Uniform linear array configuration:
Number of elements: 32
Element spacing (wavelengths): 0.25
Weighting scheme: hann
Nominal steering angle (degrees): -15
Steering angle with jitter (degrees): -14.278
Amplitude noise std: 0.05
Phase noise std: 0.05

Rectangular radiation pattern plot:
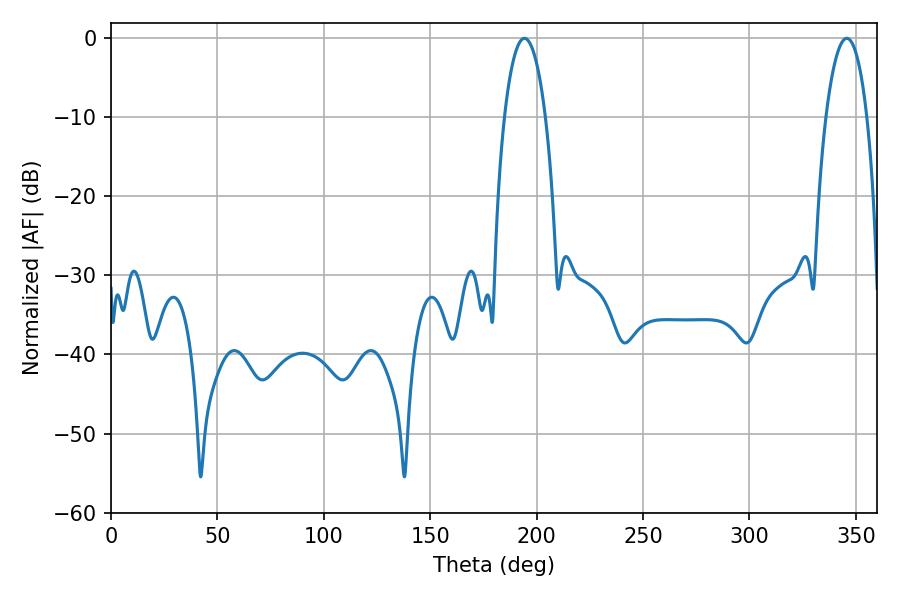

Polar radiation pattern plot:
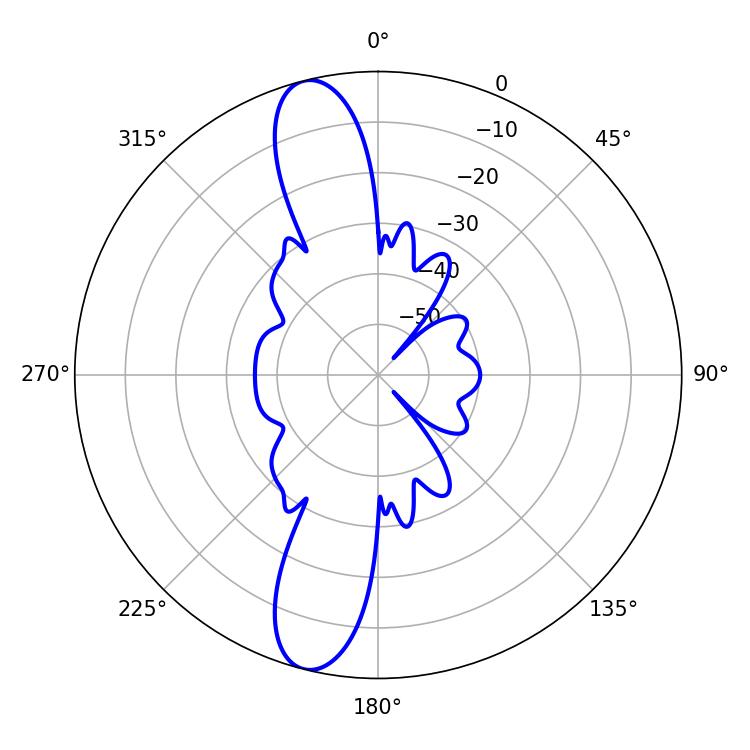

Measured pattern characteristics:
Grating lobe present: FALSE
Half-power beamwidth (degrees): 10.8
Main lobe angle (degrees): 194.22